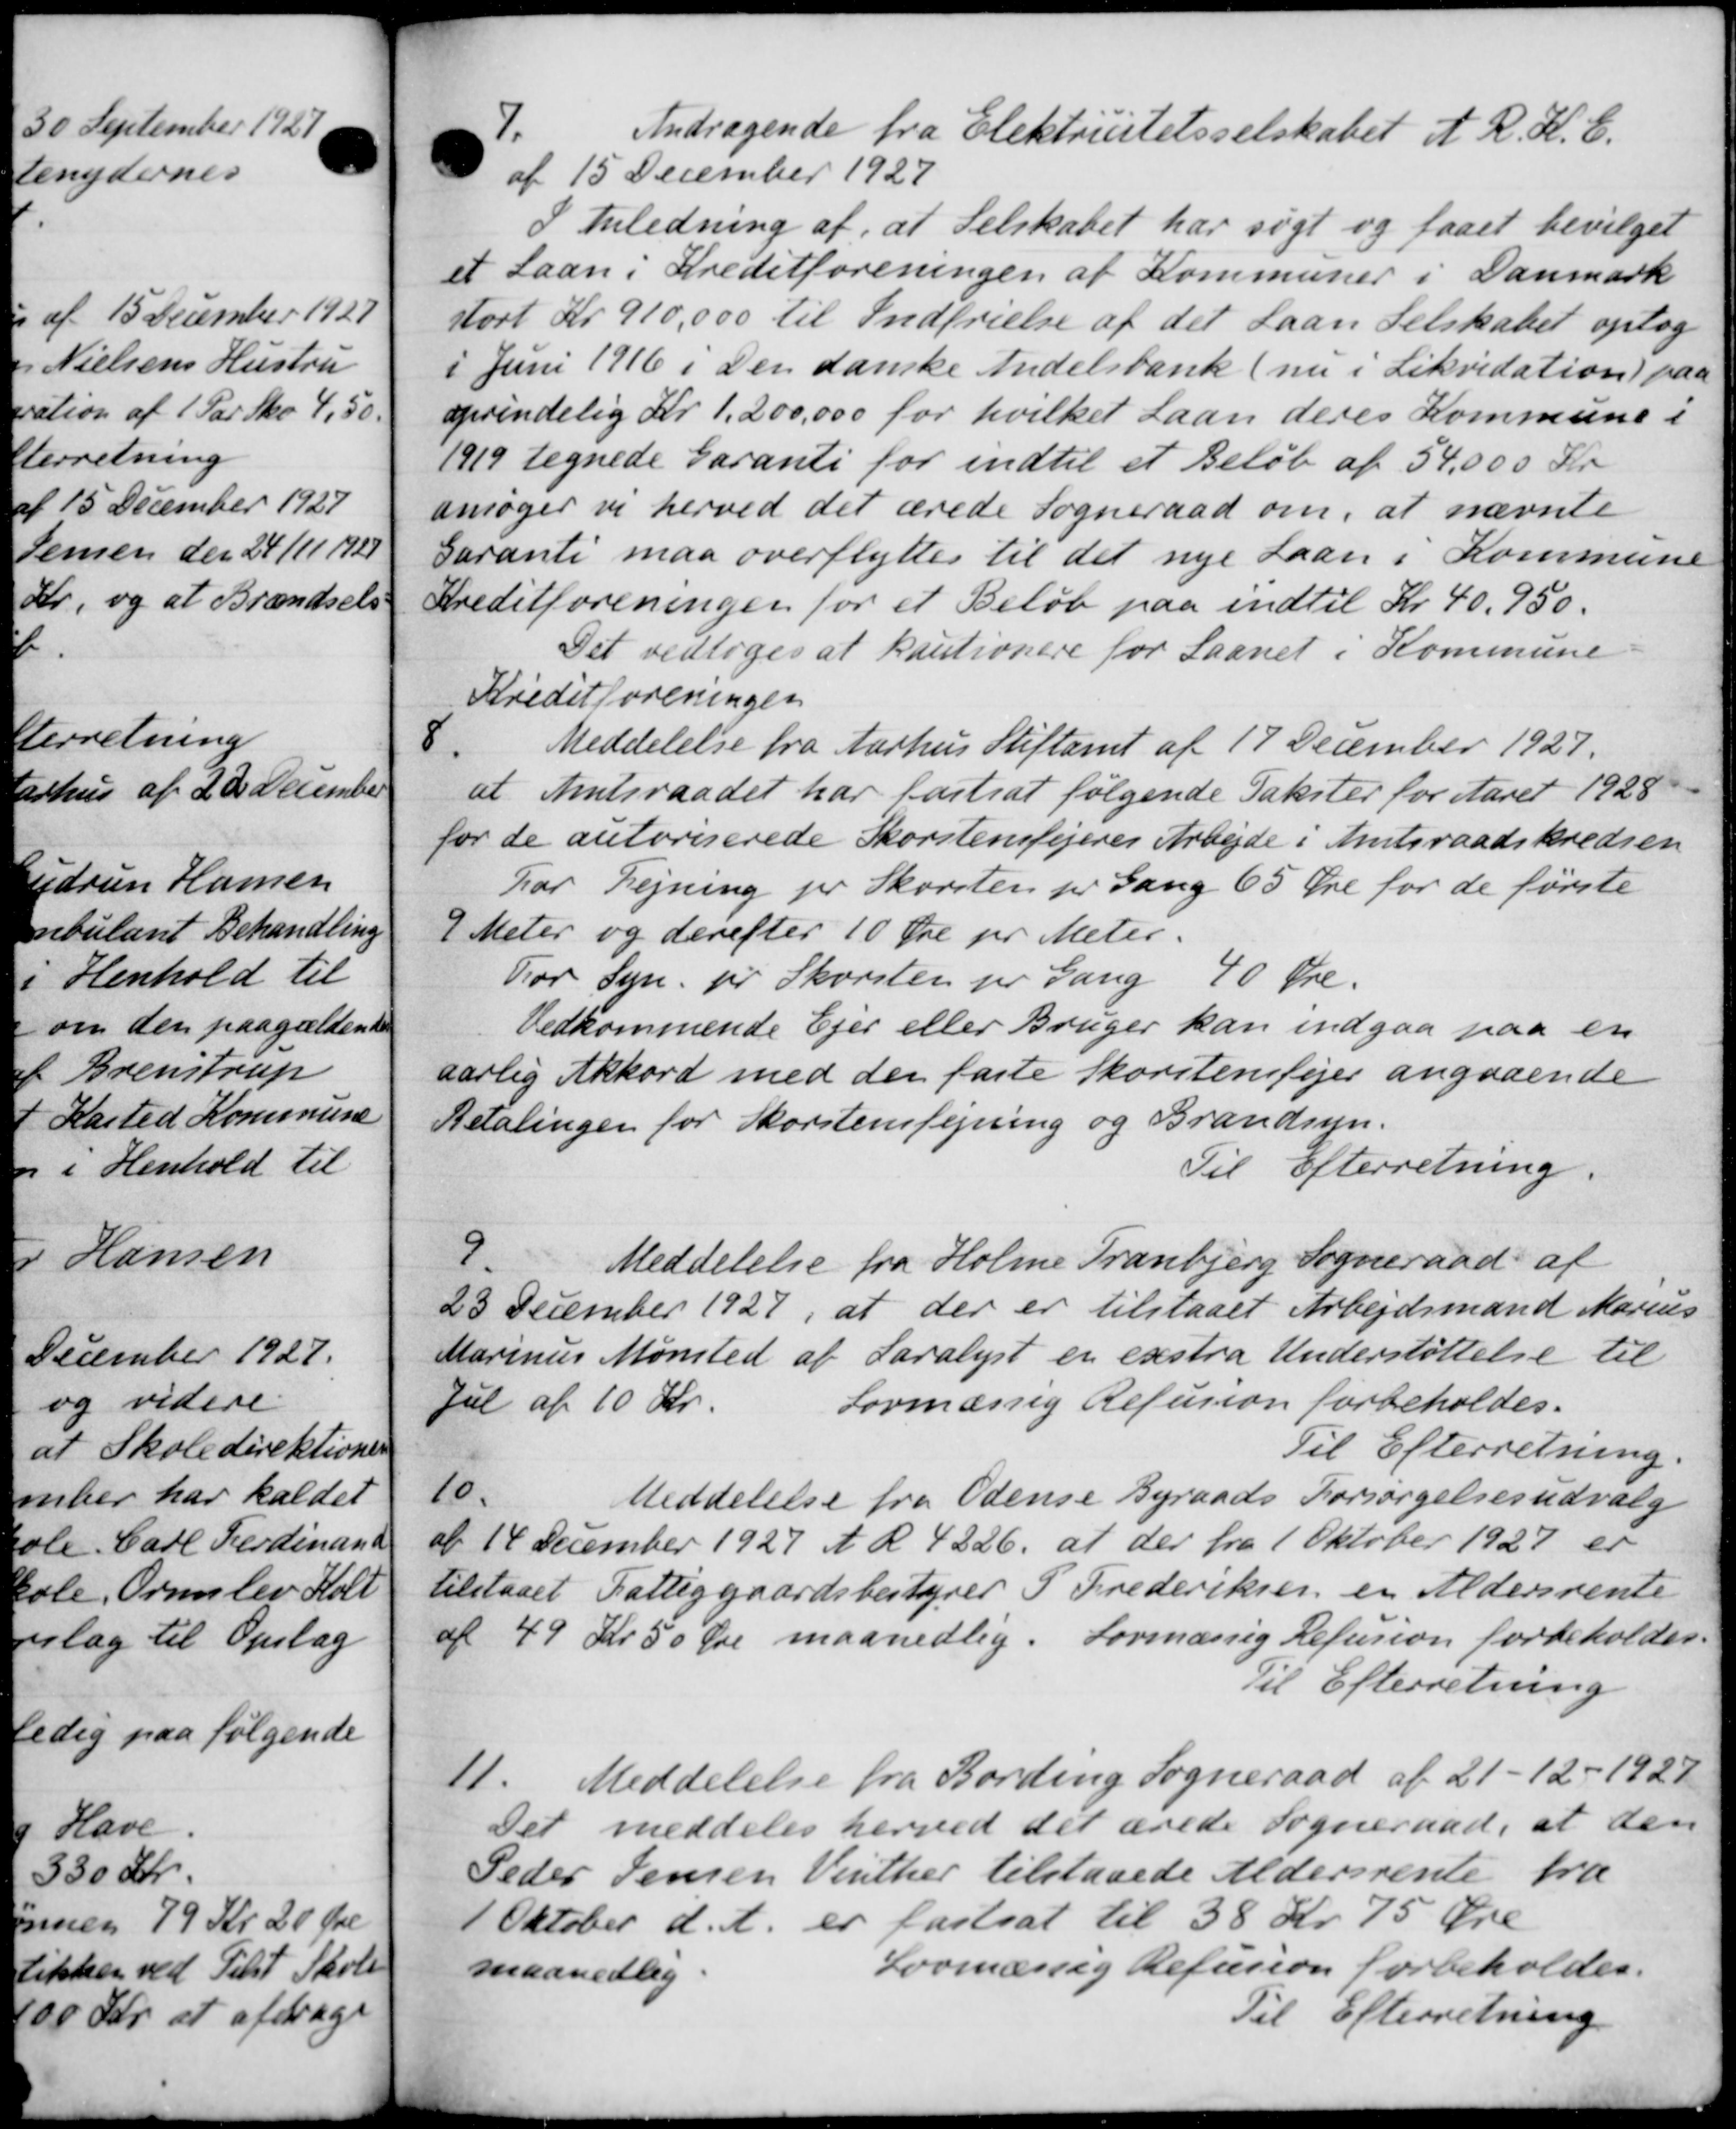
Transskription:
7.
Andragende fra Elektricitetsselskabet et R. K. C.
af 15 December 1927
I Anledning af, at Selskabet har søgt og faaet bevilget
et Laan i Kreditforeningen af Kommuner i Danmark
stort Kr. 910,000 til Indfrielse af det Laan Selskabet optog
i Juni 1916 i Den danske Andelsbank (nu i Likvidation paa
oprindelig Kr 1,200,000 for hvilket Laan deres Kommune i
1919 tegnede Garanti for indtil et Beløb af 54,000 Kr
ansøger vi herved det ærede Sogneraad om, at nævnte
Garanti maa overflyttes til det nye Laan i Kommune
Kreditforeningen for et Beløb paa indtil Kr 40.950.
Det vedtoges at kautionere for Laanet i Kommune
Kreditforeningen
8.
Meddelelse fra Aarhus Stiftamt af 17 December 1927.
at Amtsraadet har fastsat følgende Takster for Aaret 1928
for de autoriserede Skorstensfejeres Arbejde i Amtsraadskredsen
har Fejning pr Skorsten pr Gang 65 Øre for de første
9 Meter og derefter 10 Øre pr Meter.
For Syn pr Skorsten pr Gang 40 Øre.
Vedkommende Ejer eller Bruger kan indgaa paa en
aarlig Akkord med den faste Skorstensfejer angaaende
Betalingen for Skorstensfejning og Brandsyn.
Til Efterretning.
9.
Meddelelse fra Holme Tranbjerg Sogneraad af
23 December 1929, at der er tilstaaet Arbejdsmand Marius
Marinus Mønsted af Saralyst en exstra Understøttelse til
Jul af 10 Kr.
Lovmæssig Refusion forbeholdes.
Til Efterretning.
10.
Meddelelse fra Odense Byraads Forsørgelsesudvalg
af 14 December 1927 A R 4226, at der fra 1 Oktober 1927 er
tilstaaet Fattiggaardsbestyrer P. Frederiksen en Aldersrente
af 49 Kr 50 Øre maanedlig. Lovmæssig Refusion forbeholdes.
Til Efterretning
11.
Meddelelse fra Bording Sogneraad af 21 - 12 - 1927
Det meddeles herved det ærede Sogneraad, at den
Peder Jensen Vinther tilstaaede Aldersrente fra
1 Oktober d. A. er fastsat til 38 Kr. 75 Øre
maanedlig.
Lovmæssig Refusion forbeholdes.
Til Efterretning